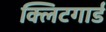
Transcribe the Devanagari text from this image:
क्लिटगार्ड